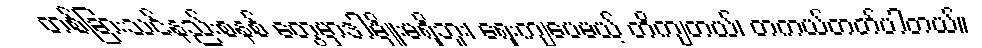
တစ်ခြားသင်နည်းစနစ် တွေမှာဒါမျိုးမရှိဘူး၊ ရှေးကျပေမယ့် တိကျတယ်၊ တကယ်တတ်ပါတယ်။